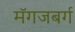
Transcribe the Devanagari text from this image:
मॅगजबर्ग